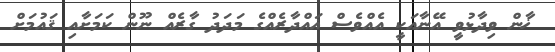
ޚާން ވިދާޅުވީ އޭނާއަކީ އެއްވެސް ޣައްދާރެއްގެ މަދަދު ގާރެއް ނޫން ކަމަށާއި ޤައުމަށް